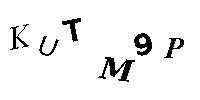
KUTM9P